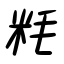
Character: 粍